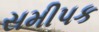
સમીપક